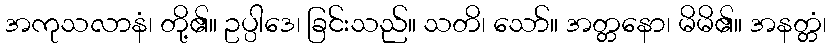
အကုသလာနံ၊ တို့၏။ ဥပ္ပါဒေ၊ ခြင်းသည်။ သတိ၊ သော်။ အတ္တနော၊ မိမိ၏။ အနတ္တံ၊